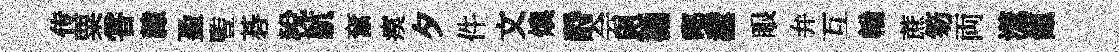
传粟甞隸盈䜿碁稅航奮瘼夕件文燠酹会恩襜鄠纛眼弁互輶蔗笏両澨餼